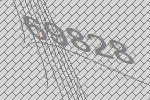
69828